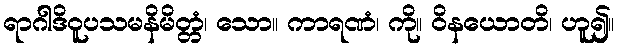
ရာဂါဒိဝူပသမနိမိတ္တံ၊ သော။ ကာရဏံ၊ ကို။ ဝိနယောတိ၊ ဟူ၍။